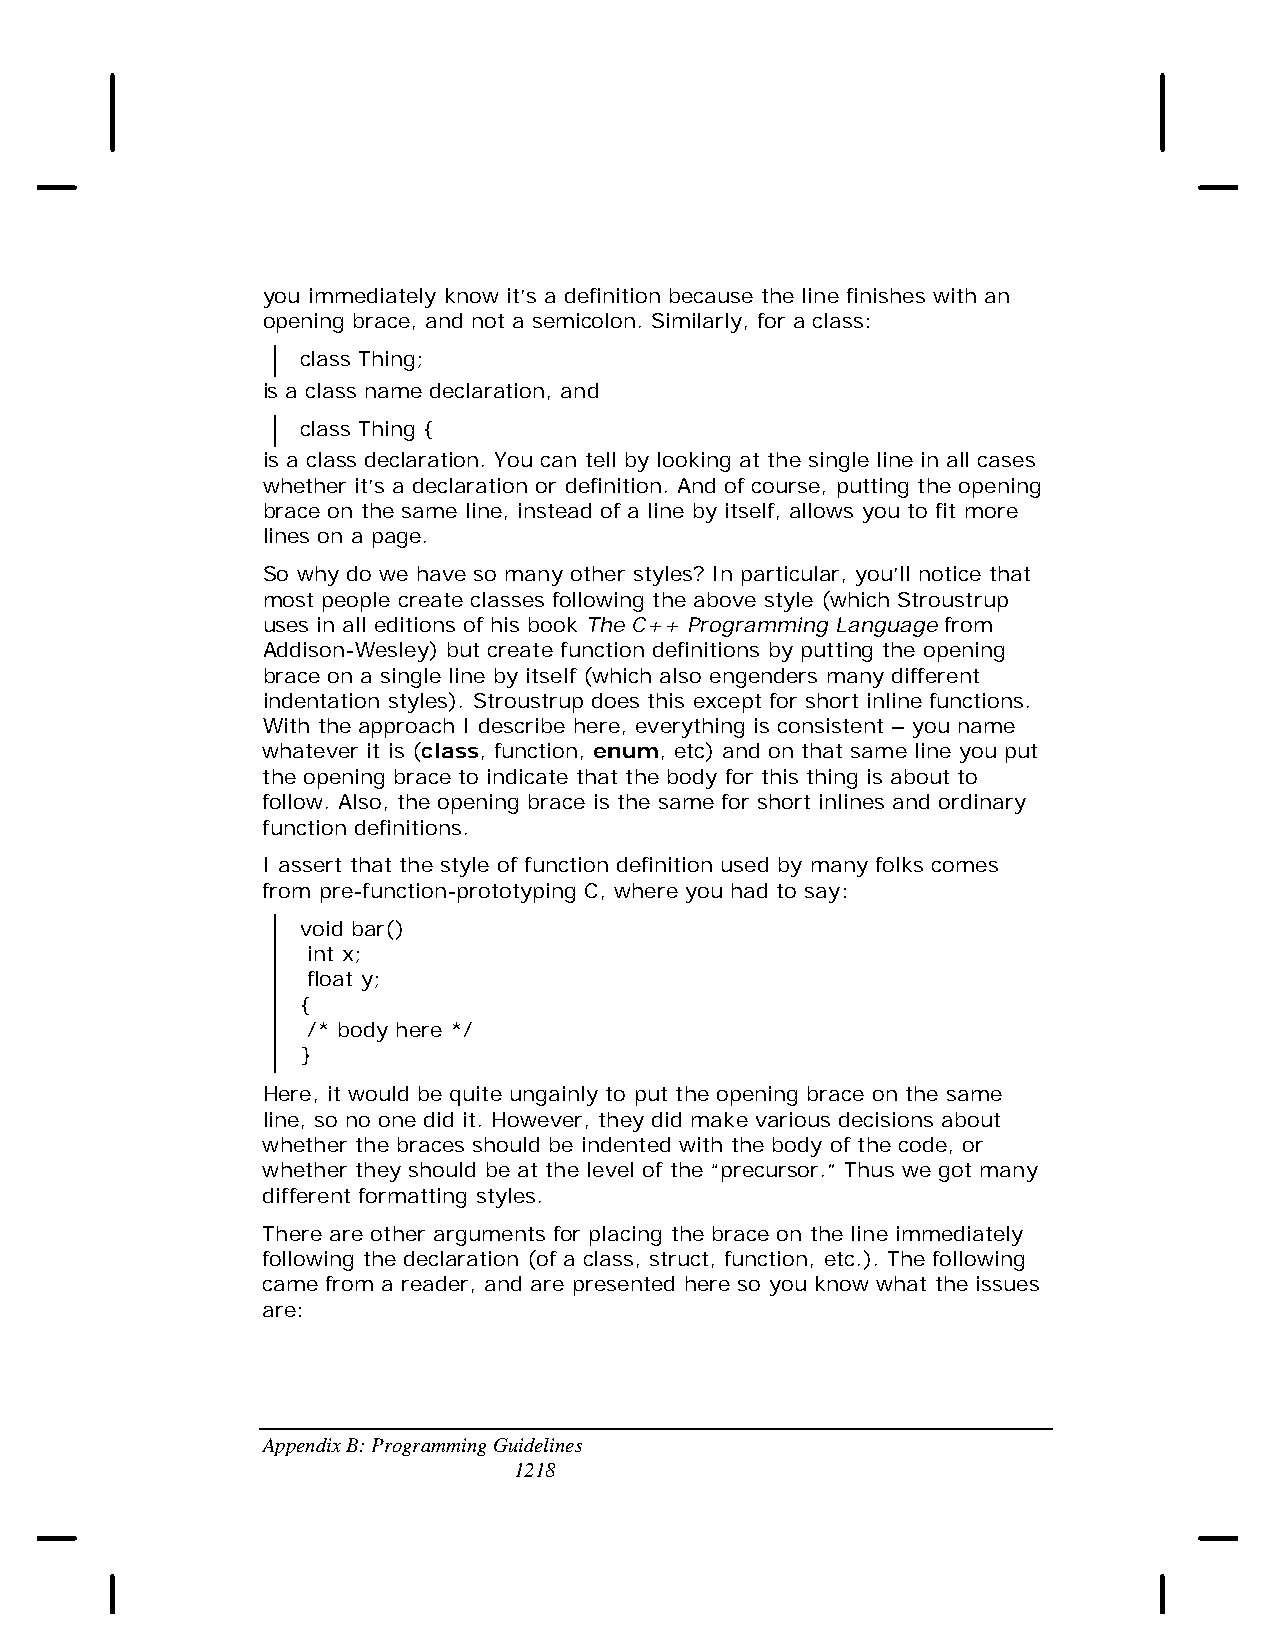
you immediately know it’s a definition because the line finishes with an
 opening brace, and not a semicolon. Similarly, for a class:
 class Thing;
 is a class name declaration, and
 class Thing {
 is a class declaration. You can tell by looking at the single line in all cases
 whether it’s a declaration or definition. And of course, putting the opening
 brace on the same line, instead of a line by itself, allows you to fit more
 lines on a page.
 So why do we have so many other styles? In particular, you’ll notice that
 most people create classes following the above style (which Stroustrup
 uses in all editions of his book The C++ Programming Language from
 Addison-Wesley) but create function definitions by putting the opening
 brace on a single line by itself (which also engenders many different
 indentation styles). Stroustrup does this except for short inline functions.
 With the approach I describe here, everything is consistent – you name
 whatever it is (class, function, enum, etc) and on that same line you put
 the opening brace to indicate that the body for this thing is about to
 follow. Also, the opening brace is the same for short inlines and ordinary
 function definitions.
 I assert that the style of function definition used by many folks comes
 from pre-function-prototyping C, where you had to say:
 void bar()
 int x;
 float y;
 {
 /* body here */
 }
 Here, it would be quite ungainly to put the opening brace on the same
 line, so no one did it. However, they did make various decisions about
 whether the braces should be indented with the body of the code, or
 whether they should be at the level of the “precursor.” Thus we got many
 different formatting styles.
 There are other arguments for placing the brace on the line immediately
 following the declaration (of a class, struct, function, etc.). The following
 came from a reader, and are presented here so you know what the issues
 are:
 Appendix B: Programming Guidelines
 1218